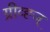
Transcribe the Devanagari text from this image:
ग्रीव्ह्ज्